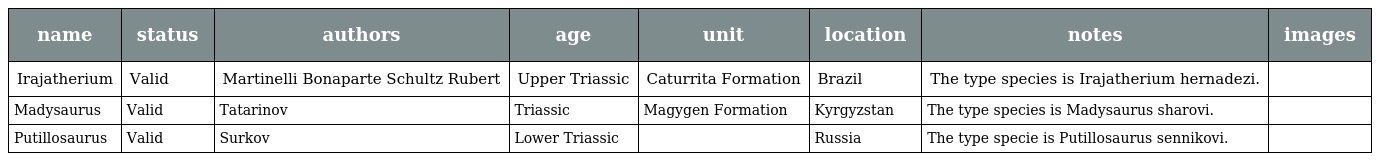
| name | status | authors | age | unit | location | notes | images |
 | --- | --- | --- | --- | --- | --- | --- | --- |
 | Irajatherium | Valid | Martinelli Bonaparte Schultz Rubert | Upper Triassic | Caturrita Formation | Brazil | The type species is Irajatherium hernadezi. |  |
 | Madysaurus | Valid | Tatarinov | Triassic | Magygen Formation | Kyrgyzstan | The type species is Madysaurus sharovi. |  |
 | Putillosaurus | Valid | Surkov | Lower Triassic |  | Russia | The type specie is Putillosaurus sennikovi. |  |